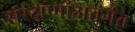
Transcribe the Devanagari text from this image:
संरक्षणाअतंर्गत